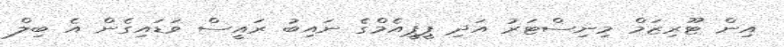
އިން ޓޫރިޒަމް މިނިސްޓަރު އަދި ޕީޕީއެމްގެ ނައިބު ރައީސް ވަޑައިގެން އެ ބިލް